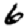
Digit: 6